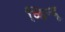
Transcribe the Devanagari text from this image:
व्हिन्दू